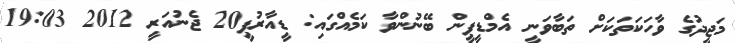
މަޖީދުގެ ވާހަކަތަކަށް ތަބާވަނީ އެމްޑީޕީން ބޭނުންވާ ކަމެއްގައި: ޑީއާރުޕީ20 ޖެނުއަރީ 2012 19:03